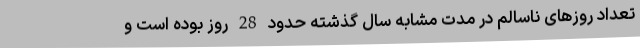
تعداد روزهای ناسالم در مدت مشابه سال گذشته حدود 28 روز بوده است و